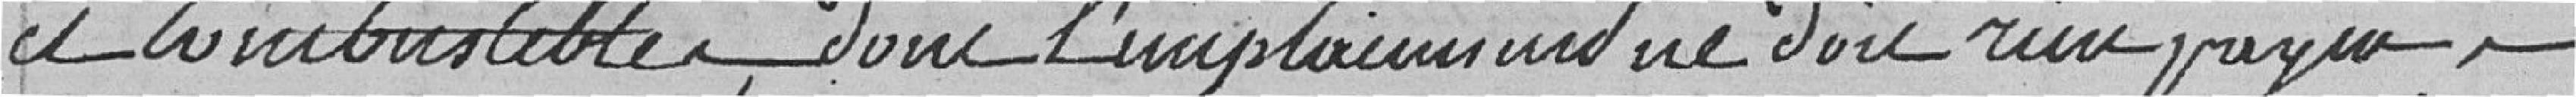
et combustibles, donc l'emplacement ne doit rien payer, ils